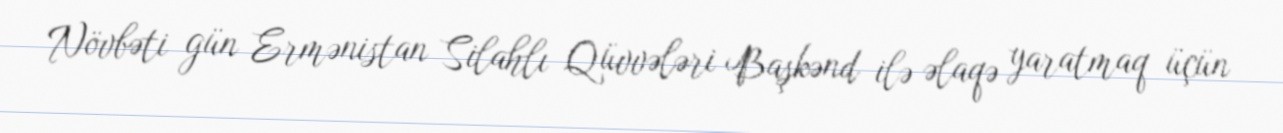
Növbəti gün Ermənistan Silahlı Qüvvələri Başkənd ilə əlaqə yaratmaq üçün